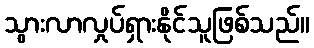
သွားလာလှုပ်ရှားနိုင်သူဖြစ်သည်။